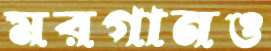
মরগানও